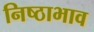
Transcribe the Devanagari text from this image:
निष्ठाभाव